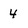
Character: 4